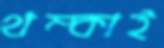
থম্‌কাই